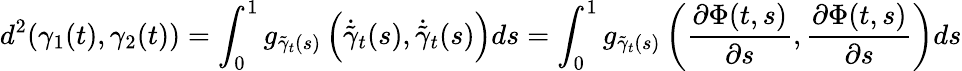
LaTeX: d^{2}(\gamma_{1}(t),\gamma_{2}(t))=\int_{0}^{1}g_{{\tilde{\gamma}}_{t}(s)}\left(\dot{\tilde{\gamma}}_{t}(s),\dot{\tilde{\gamma}}_{t}(s)\right)ds=\int_{0}^{1}g_{{\tilde{\gamma}}_{t}(s)}\left(\frac{\partial\Phi(t,s)}{\partial s},\frac{\partial\Phi(t,s)}{\partial s}\right)ds